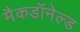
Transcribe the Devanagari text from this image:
मैकडॉनेल्ड